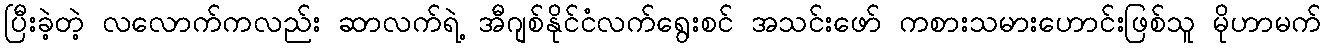
ပြီးခဲ့တဲ့ လလောက်ကလည်း ဆာလက်ရဲ့ အီဂျစ်နိုင်ငံလက်ရွေးစင် အသင်းဖော် ကစားသမားဟောင်းဖြစ်သူ မိုဟာမက်